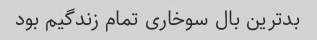
بدترین بال سوخاری تمام زندگیم بود